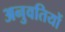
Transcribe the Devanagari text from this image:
अनुवतियों